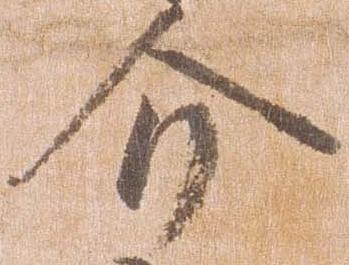
介